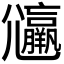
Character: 𡰟